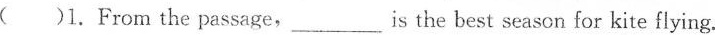
( )1. From the passage,_is the best season for kite flying.